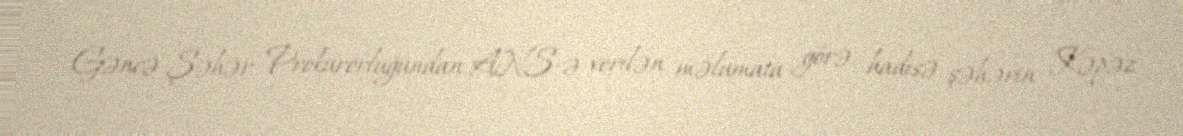
Gəncə Şəhər Prokurorluğundan ANS-ə verilən məlumata görə, hadisə şəhərin Kəpəz